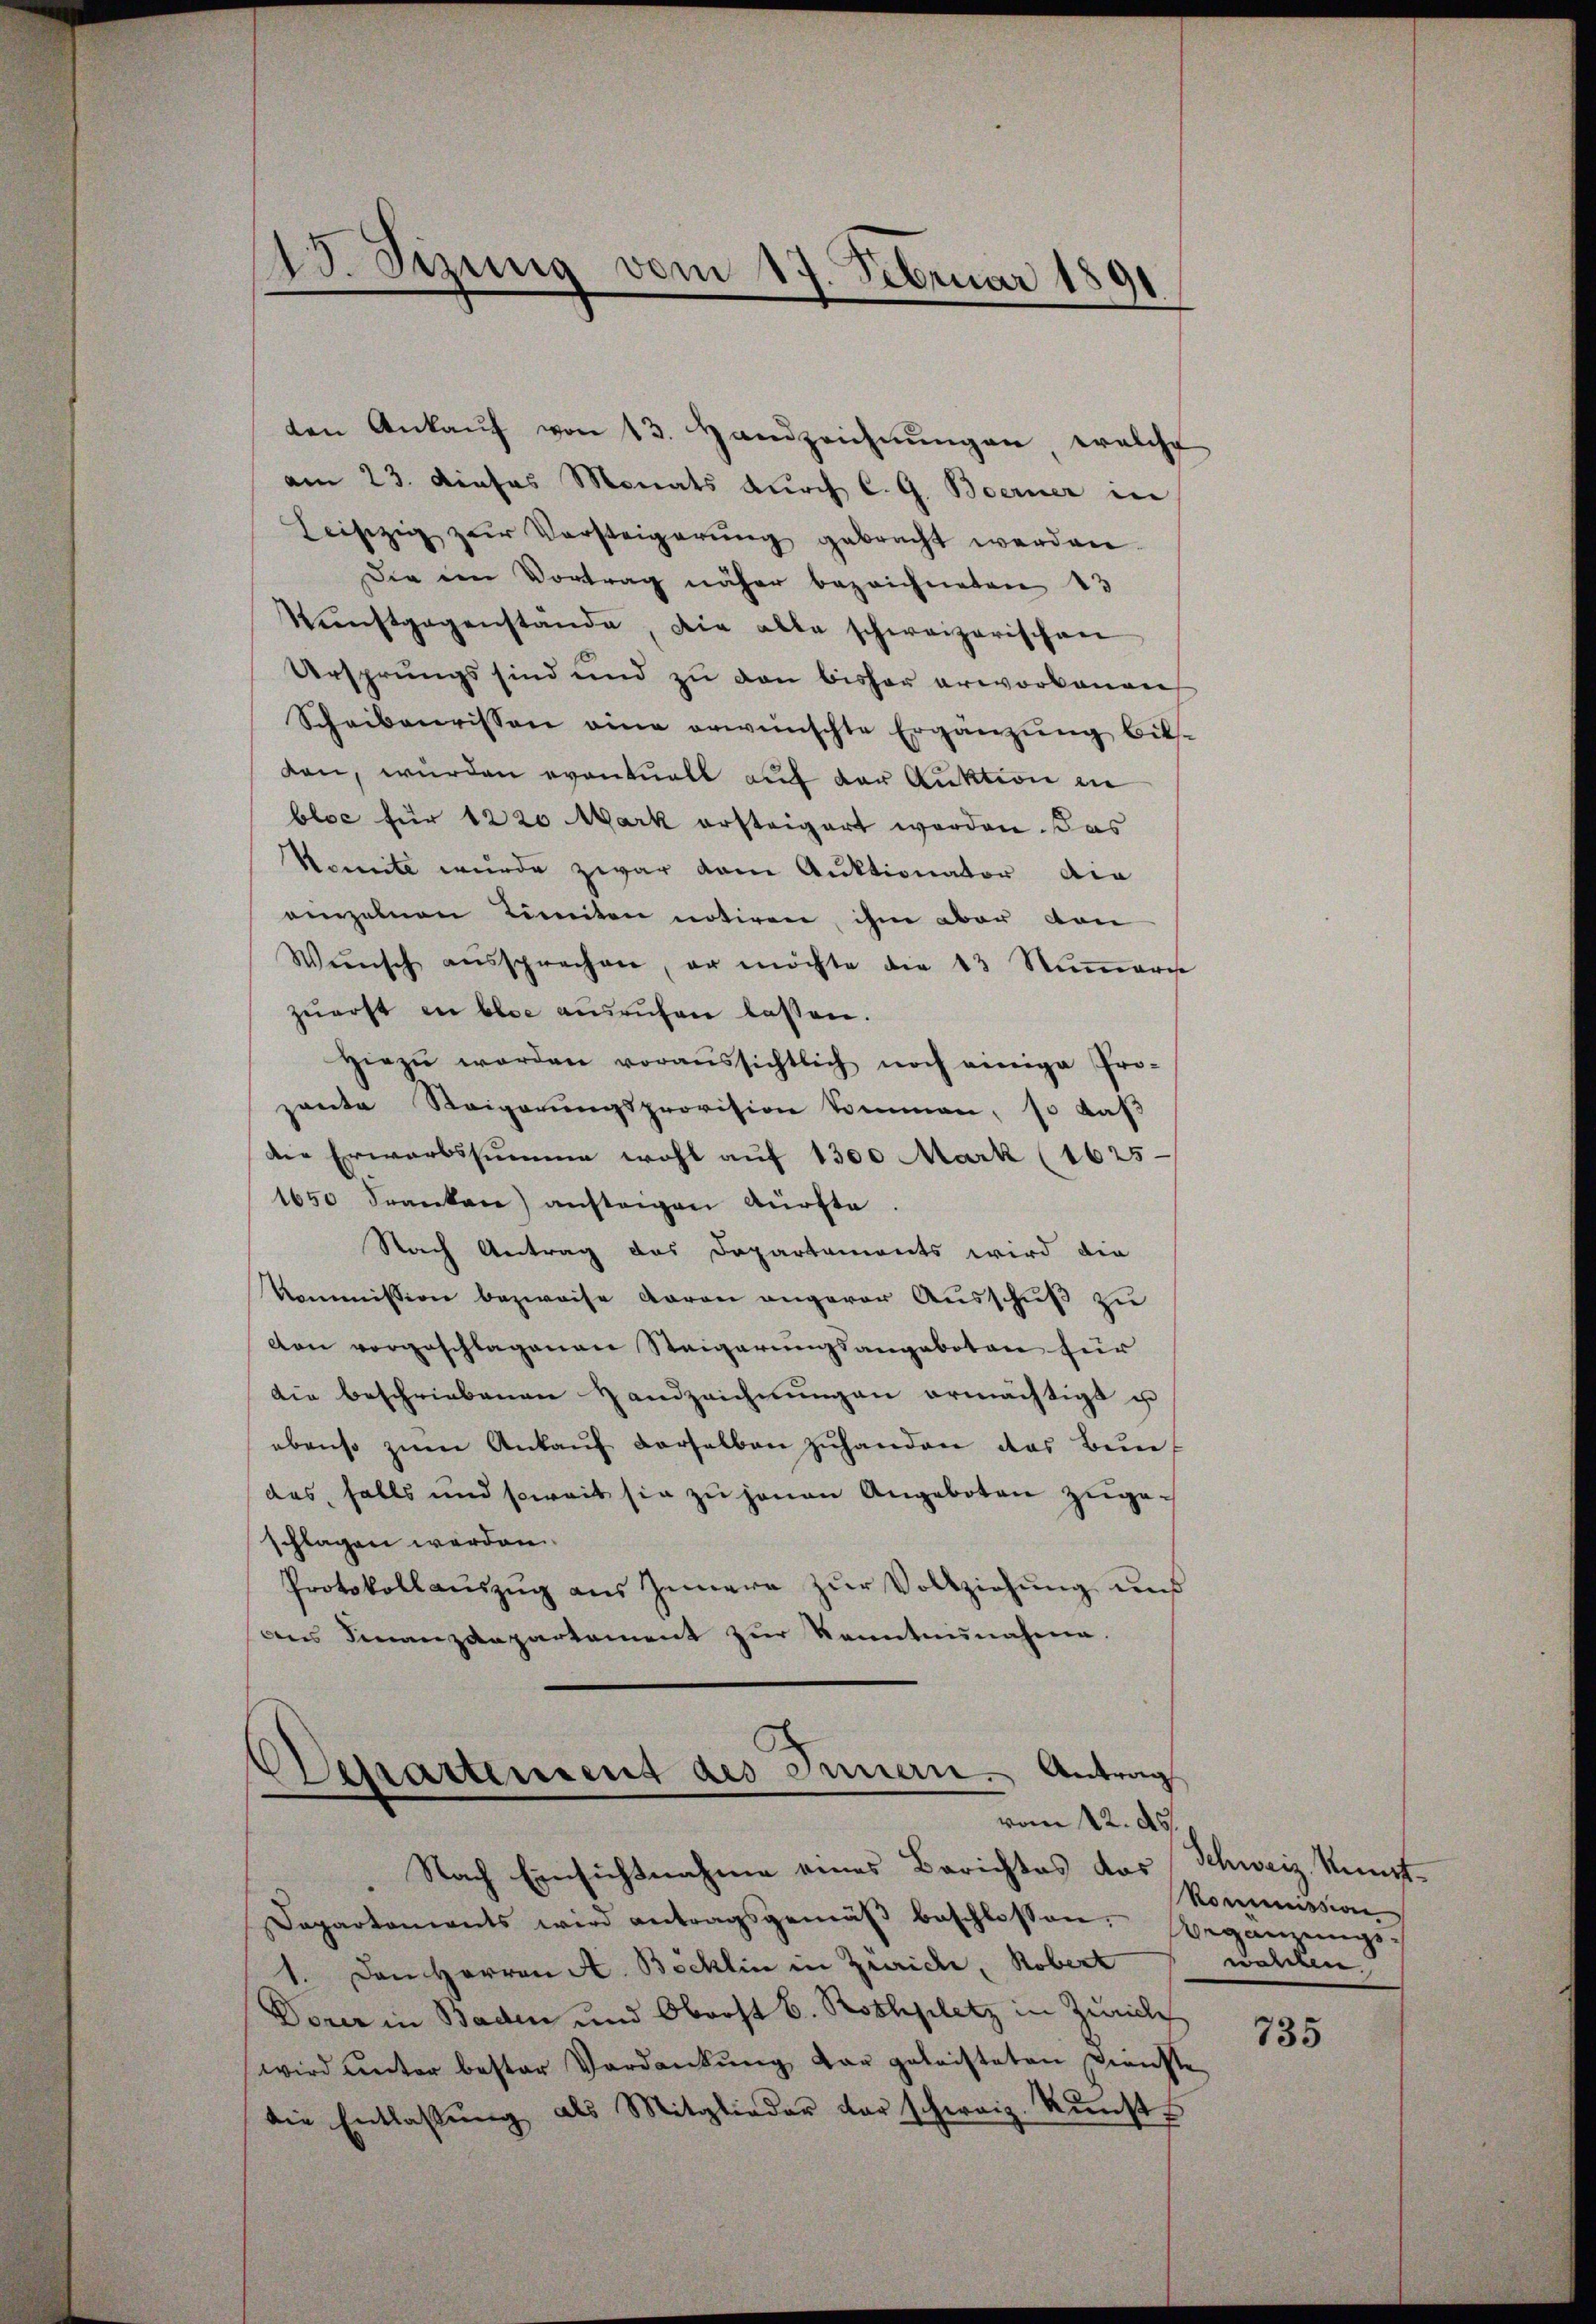
13. Sizung vom 17. Februar 1891

ten Ankaŭf von 13. Handzeichnungen, welche
am 23. dieses Monats durch C.G. Boerner in
Leiszig zur Vorsteigerŭng gebracht werden.
Die den Vortrag näher bezeichneten 13
Kŭnstgegenstände, die alte schweizerischen
Ursprungs sind und zu den bisher erworbenen
Scheiberissen eine erwünschte Ergänzŭng bits-
dan, wurden eventuell auf der Auktion in
bloc für 1220 Mark ersteigert worden. Das
Komite wurde zwar vom Auktionator die
einzelnen Limiten notiren, ihm aber von
Wünsch aŭssprechen, er möchte die 13 Nŭṁeris
zŭerst in blos ausruhen lassen.
hiezŭ werden voraussichtlich noch einige Pro-
ante Reigerungsprovision kommen, so daß
die Erwarbssumme wohl auf 1300 Mark (1625
1650 Frankare) ansteigen dürfte.
Nach Antrag das Departaments wird die
Kommission bezweife daran angerer Ausschuß zu
den vorgeschlagenen Steigerungsangeboten für
die beschriebenen Handzeichnungen ermächtigt u
ebenso zŭm Ankaŭf derselben zŭhanden das Bun-
das, falls und soweit sie zu jenen Angeboten zugeschlagen werden.
Protokollaŭszŭg ans Innere zŭr Vollziehŭng uns
ans Finanzdepartement zŭr Kenntnisnahme.

Departement des Innern. Antrag
vom 12. ds.

Nach Einsichtnahme eines Berichtes das
Dapartonients wird antragsgemäβ beschlossen: " ŭngs-
1. Den Herren A. Böcklin in Zürich, Robert
Doren in Baden und Oberst B. Rothplatz in Zürich
wird unter bester Verdankŭng dar geleisteten Dienste
die Entlassung als Mitglieder vor schweiz. Kunsts

Schweiz. Kunst
Kommission
uee eine

735